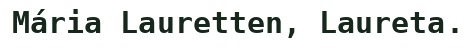
Mária Lauretten, Laureta.